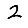
Digit: 2